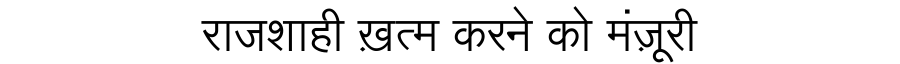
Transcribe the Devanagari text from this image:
राजशाही ख़त्म करने को मंज़ूरी